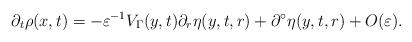
LaTeX: \begin{align*} \partial_t\rho(x,t) = -\varepsilon^{-1}V_\Gamma(y,t)\partial_r\eta(y,t,r)+\partial^\circ\eta(y,t,r)+O(\varepsilon).\end{align*}